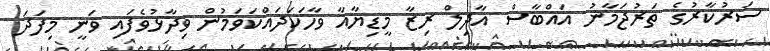
ސަރުކާރުގެ ތަރުޖަމާނު އައްބާސް އާދިލް ރިޒާ މީޑިޔާއާ ވާހަކަދައްކަވަމުން ވިދާޅުވެފައި ވަނީ މިފަދަ